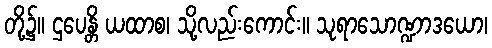
တို့၌။ ဌပေန္တိ ယထာစ၊ သို့လည်းကောင်း။ သုရာသောဏ္ဍာဒယော၊